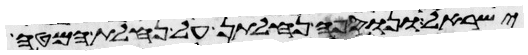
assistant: ישראל ונוספה נחלתן על נחלת המטה